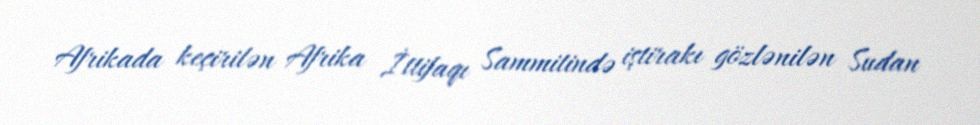
Afrikada keçirilən Afrika İttifaqı Sammitində iştirakı gözlənilən Sudan